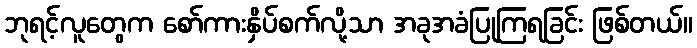
ဘုရင့်လူတွေက စော်ကားနှိပ်စက်လို့သာ အခုအခံပြုကြရခြင်း ဖြစ်တယ်။